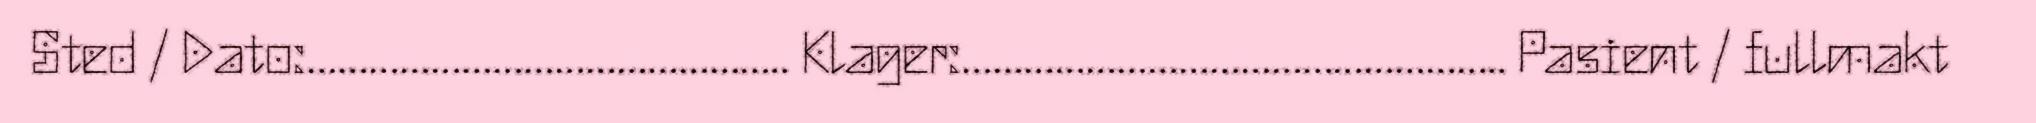
Sted / Dato:……………………………………….. Klager:…………………………………………….. Pasient / fullmakt